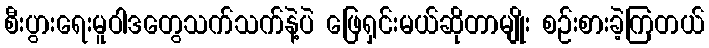
စီးပွားရေးမူဝါဒတွေသက်သက်နဲ့ပဲ ဖြေရှင်းမယ်ဆိုတာမျိုး စဉ်းစားခဲ့ကြတယ်